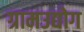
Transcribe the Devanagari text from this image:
ग्रामउद्योग